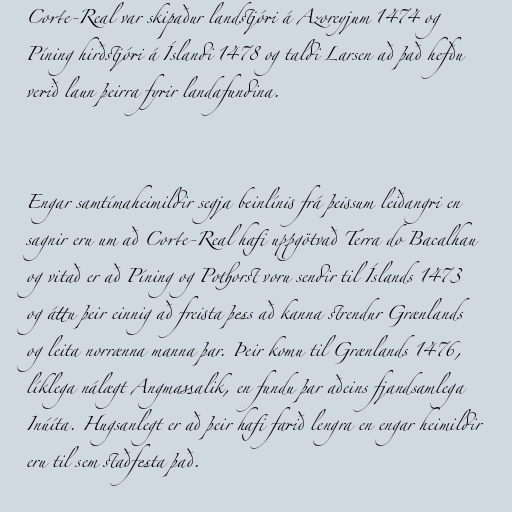
Corte-Real var skipaður landstjóri á Azoreyjum 1474 og
Píning hirðstjóri á Íslandi 1478 og taldi Larsen að það hefðu
verið laun þeirra fyrir landafundina.

Engar samtímaheimildir segja beinlínis frá þeissum leiðangri en
sagnir eru um að Corte-Real hafi uppgötvað Terra do Bacalhau
og vitað er að Píning og Pothorst voru sendir til Íslands 1473
og áttu þeir einnig að freista þess að kanna strendur Grænlands
og leita norrænna manna þar. Þeir komu til Grænlands 1476,
líklega nálægt Angmassalik, en fundu þar aðeins fjandsamlega
Inúíta. Hugsanlegt er að þeir hafi farið lengra en engar heimildir
eru til sem staðfesta það.